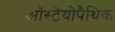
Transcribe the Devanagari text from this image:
ऑस्टेयोपैथिक